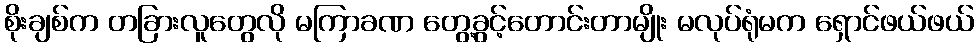
စိုးချစ်က တခြားလူတွေလို မကြာခဏ တွေ့ခွင့်တောင်းတာမျိုး မလုပ်ရုံမက ရှောင်ဖယ်ဖယ်